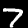
Digit: 7